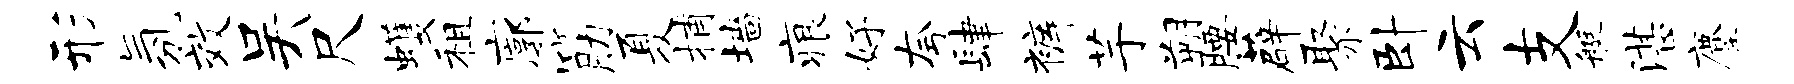
形氛效吴尺蠖租廓筋夏捕墙痕好夸肆裤芋朔腰薜聚卧云支艇湛麈